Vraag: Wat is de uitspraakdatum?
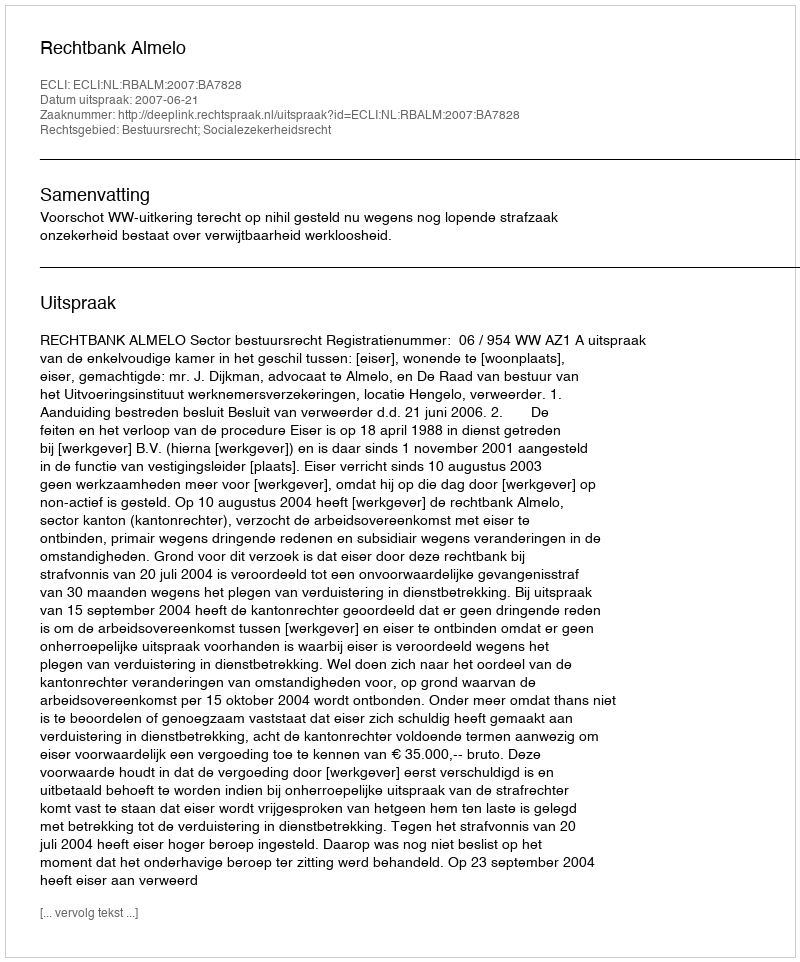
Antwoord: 2007-06-21